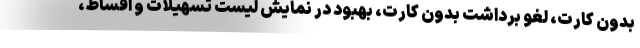
بدون کارت، لغو برداشت بدون کارت، بهبود در نمایش لیست تسهیلات و اقساط،